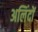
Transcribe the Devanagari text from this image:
अलिंदों